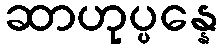
ဆာဟုပ္ပန္နေ